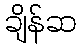
ချိန်ဆ